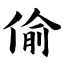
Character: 偷